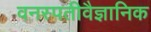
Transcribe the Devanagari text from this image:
वनस्पतीवैज्ञानिक